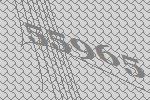
55965